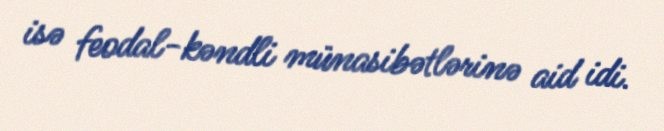
isə feodal-kəndli münasibətlərinə aid idi.